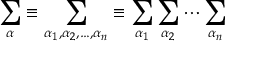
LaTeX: \sum _ { \boldsymbol { \alpha } } \equiv \sum _ { \alpha _ { 1 } , \alpha _ { 2 } , \ldots , \alpha _ { n } } \equiv \sum _ { \alpha _ { 1 } } \sum _ { \alpha _ { 2 } } \cdots \sum _ { \alpha _ { n } }